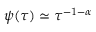
\psi ( \tau ) \simeq \tau ^ { - 1 - \alpha }